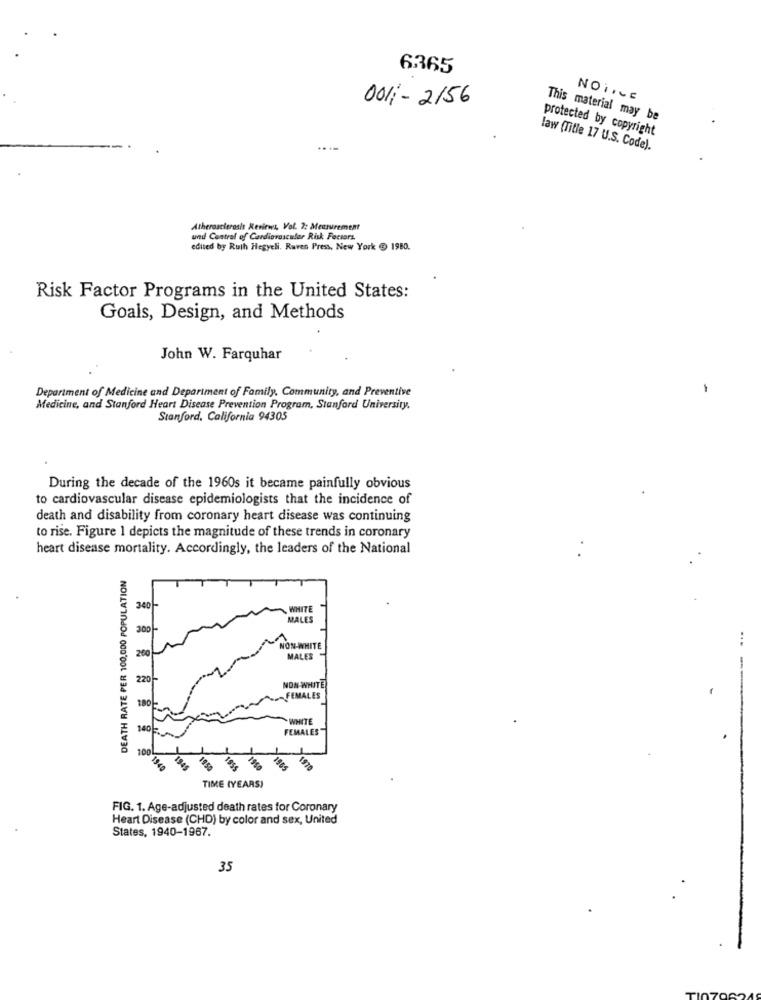
6365
001 - 2156
NOiILE
This material may be
protected by copyright
law (Title 17 U.S. Code).
Atherosclerosis Reviews, Vol. 2: Measurement
und Control of Cardiovascular Risk Factors.
edited by Ruth Hegyeli, Ruven Press, New York $ 1980.
Risk Factor Programs in the United States:
Goals, Design, and Methods
John W. Farquhar
Department of Medicine and Department of Family, Community, and Preventive
Medicine, and Stanford Heart Disease Prevention Program, Stanford University,
Stanford, California 94305
During the decade of the 1960s it became painfully obvious
to cardiovascular disease epidemiologists that the incidence of
death and disability from coronary heart disease was continuing
to rise. Figure 1 depicts the magnitude of these trends in coronary
heart disease mortality. Accordingly, the leaders of the National
DEATH RATE PER 100,000 POPULATION
340 -
WHITE
MALES
200 -
ON-WHITE
MALES
220-
NON-WHITE
FEMALES
WHITE
140 -
FEMALES
100L
1959
1955
1960
1965
1970
TIME (YEARS)
FIG. 1. Age-adjusted death rates for Coronary
Heart Disease (CHD) by color and sex, United
States, 1940-1967.
35